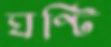
ঘণ্টি